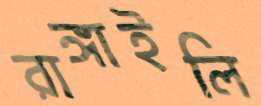
রাঙ্গাইলি